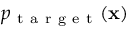
p _ { \mathrm { ~ t ~ a ~ r ~ g ~ e ~ t ~ } } ( \mathbf { x } )